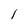
Character: 1